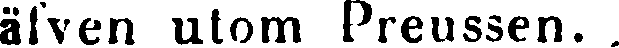
äfven utom Preussen.